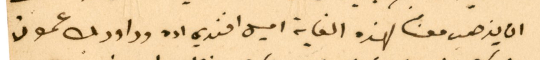
ان يذهب معنا لهذه الغاية اميل افندي اده وداود بك عمون